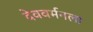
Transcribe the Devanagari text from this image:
देववर्मनला